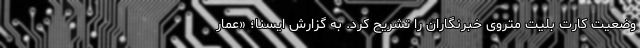
وضعیت کارت بلیت متروی خبرنگاران را تشریح کرد. به گزارش ایسنا؛ «عمار